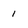
Character: 1